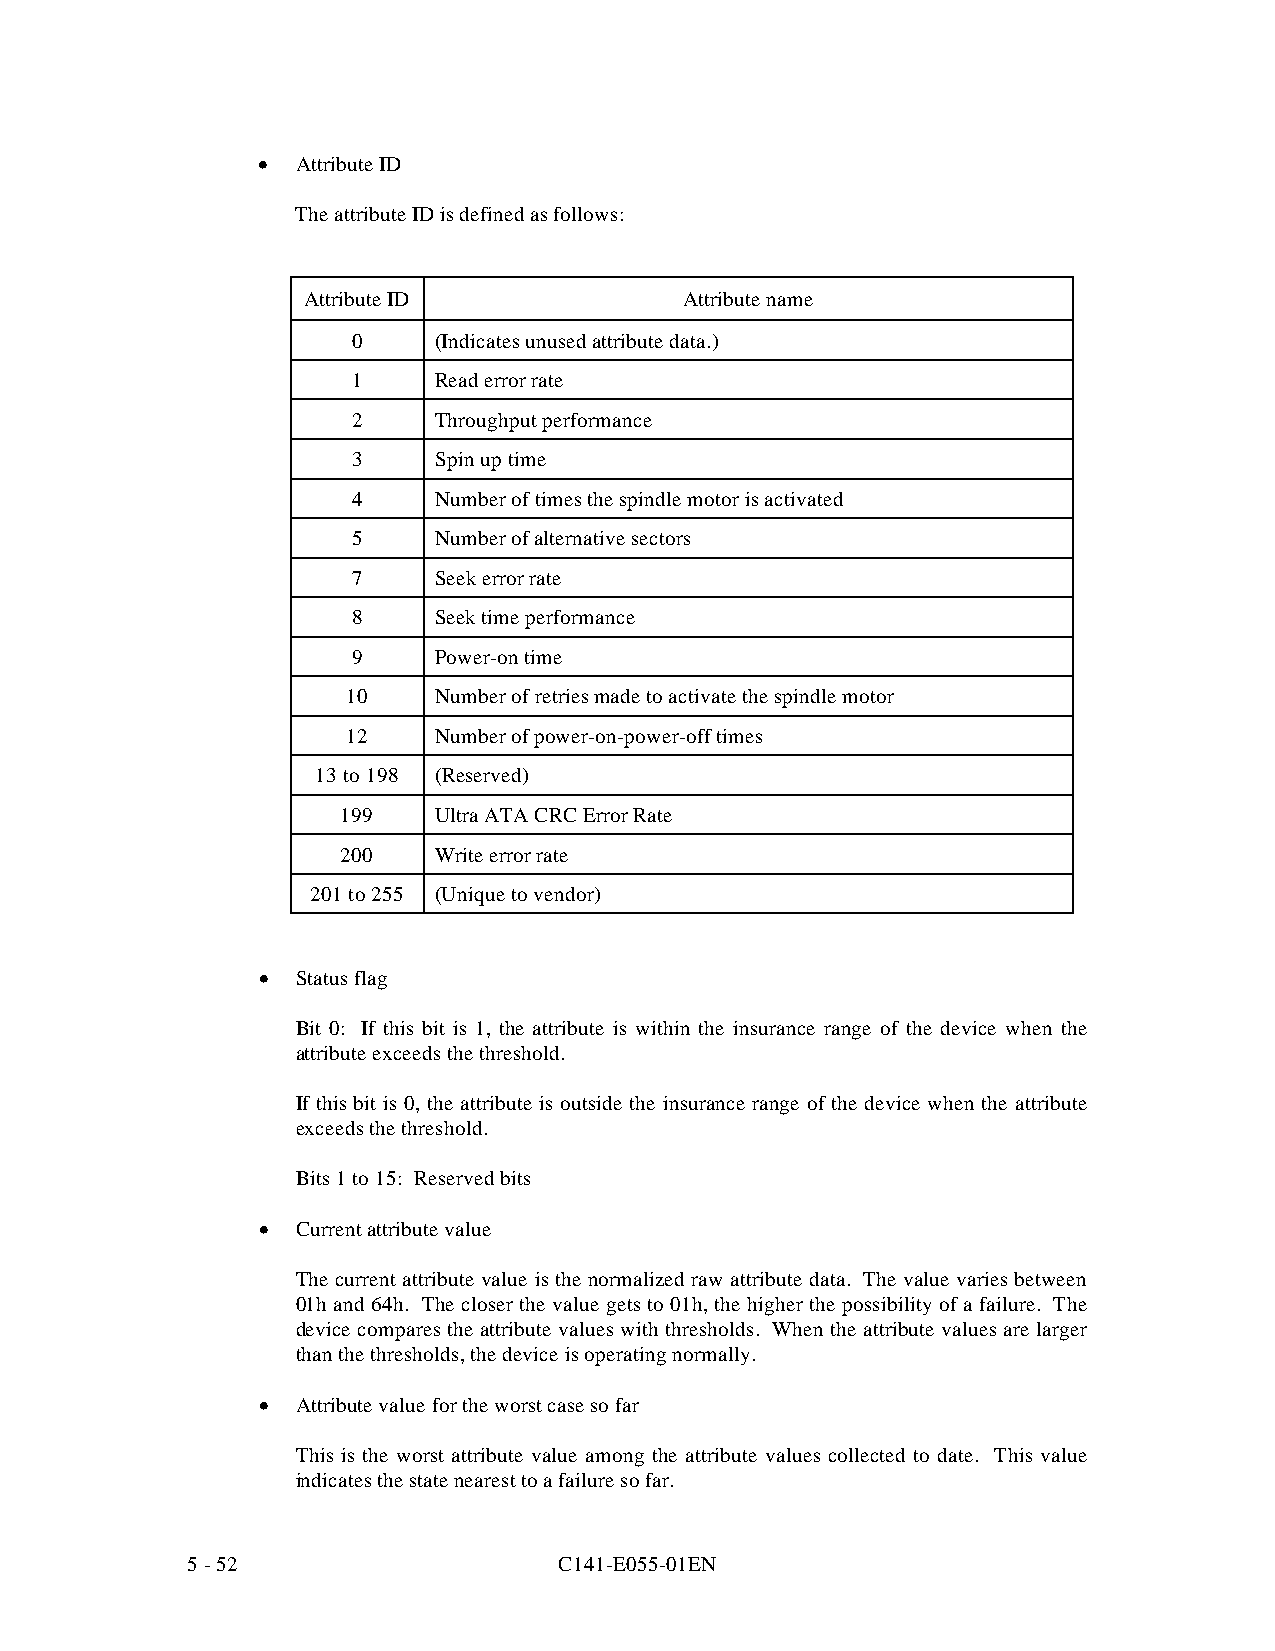
•  Attribute ID
 The attribute ID is defined as follows:
 Attribute ID             Attribute name
 0     (Indicates unused attribute data.)
 1     Read error rate
 2     Throughput performance
 3     Spin up time
 4     Number of times the spindle motor is activated
 5     Number of alternative sectors
 7     Seek error rate
 8     Seek time performance
 9     Power-on time
 10    Number of retries made to activate the spindle motor
 12    Number of power-on-power-off times
 13 to 198 (Reserved)
 199   Ultra ATA CRC Error Rate
 200   Write error rate
 201 to 255 (Unique to vendor)
 •  Status flag
 Bit 0: If this bit is 1, the attribute is within the insurance range of the device when the
 attribute exceeds the threshold.
 If this bit is 0, the attribute is outside the insurance range of the device when the attribute
 exceeds the threshold.
 Bits 1 to 15: Reserved bits
 •  Current attribute value
 The current attribute value is the normalized raw attribute data. The value varies between
 01h and 64h. The closer the value gets to 01h, the higher the possibility of a failure. The
 device compares the attribute values with thresholds. When the attribute values are larger
 than the thresholds, the device is operating normally.
 •  Attribute value for the worst case so far
 This is the worst attribute value among the attribute values collected to date. This value
 indicates the state nearest to a failure so far.
 5 - 52                   C141-E055-01EN